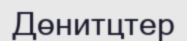
Дөнитцтер